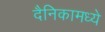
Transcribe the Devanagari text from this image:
दैनिकामध्ये